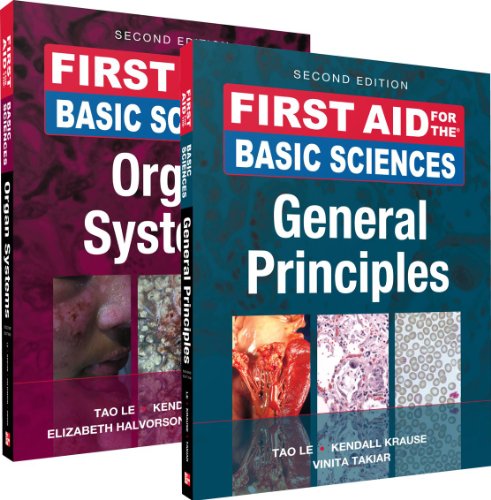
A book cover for First Aid Basic Sciences 2/E (VALUE PACK); Tao Le; Test Preparation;